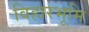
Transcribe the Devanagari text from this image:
विहारभूमि